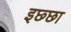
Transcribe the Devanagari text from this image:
इछ्छा